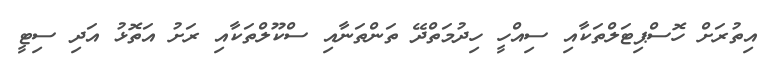
އިތުރަށް ހޮސްޕިޓަލްތަކާއި ސިއްހީ ހިދުމަތްދޭ ތަންތަނާއި ސްކޫލްތަކާއި ރަށު އަތޮޅު އަދި ސިޓީ